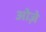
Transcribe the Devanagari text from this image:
ओज़े